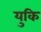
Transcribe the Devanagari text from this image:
युकि